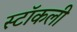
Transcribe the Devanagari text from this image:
स्टॉकली